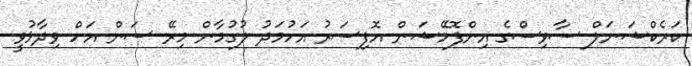
ކަރެކްޝަނަލް ސާވިސްގެ އިންފޮމޭޝަން އޮފިސަރު އަހުމަދު ލުގުމާން މިރޭ ސަން އަށް ވިދާޅުވީ